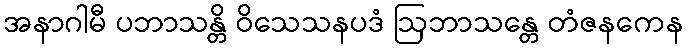
အနာဂါမီ ပဘာသန္တိ ဝိသေသနပဒံ ဩဘာသန္တေ တံဇနကေန